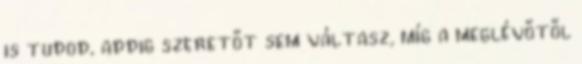
is tudod, addig szeretőt sem váltasz, míg a meglévőtől